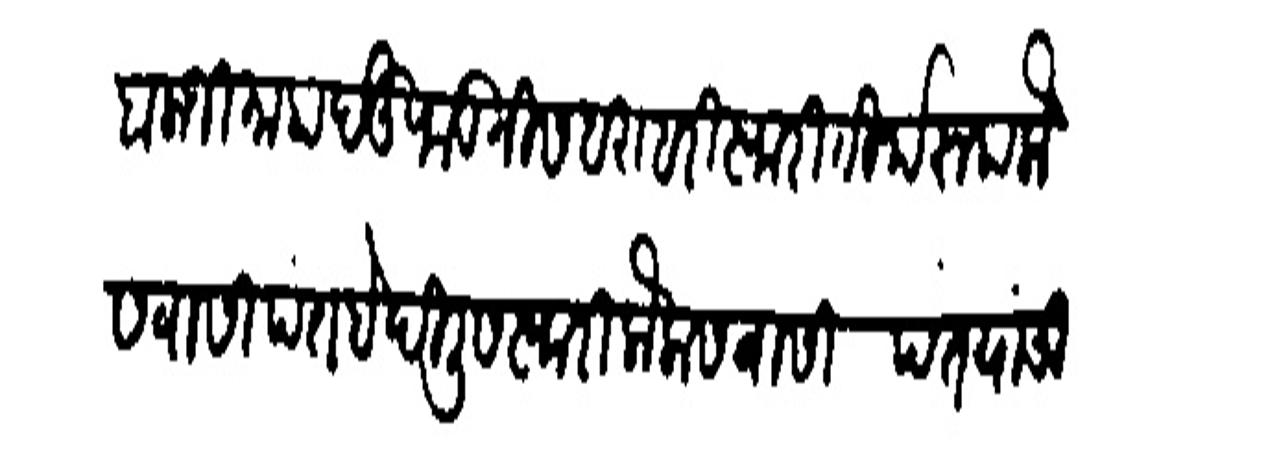
Transliteration (Devanagari): बालाजी माहावेऊ फडतीस बराबरी स्वारी तीर्यरूप केलासवासी पंत है दिलीस स्वारी कंलासवासी पंत पांची